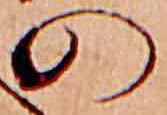
の